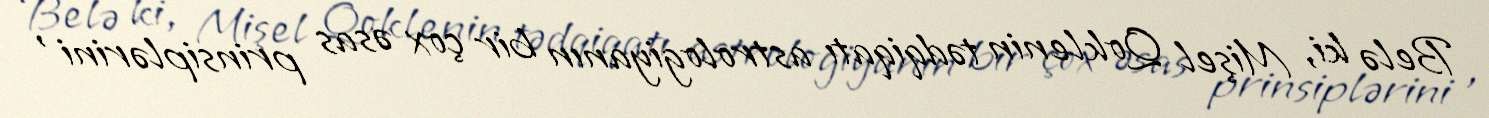
Belə ki, Mişel Qoklenin tədqiqatı astrologiyanın bir çox əsas prinsiplərini ,